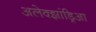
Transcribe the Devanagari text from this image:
अलेक्झांड्रिआ